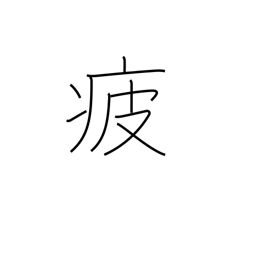
Meaning: weary